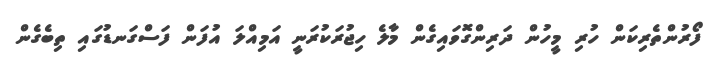
ފޯރުންތެރިކަން ހުރި މީހުން ދަރިންގޮވައިގެން މާލެ ހިޖުރަކުރަނީ އަމިއްލަ އުފަން ފަސްގަނޑުގައި ތިބެގެން